Annual report on the working of the lock hospitals in the North-Western Provinces and Oudh
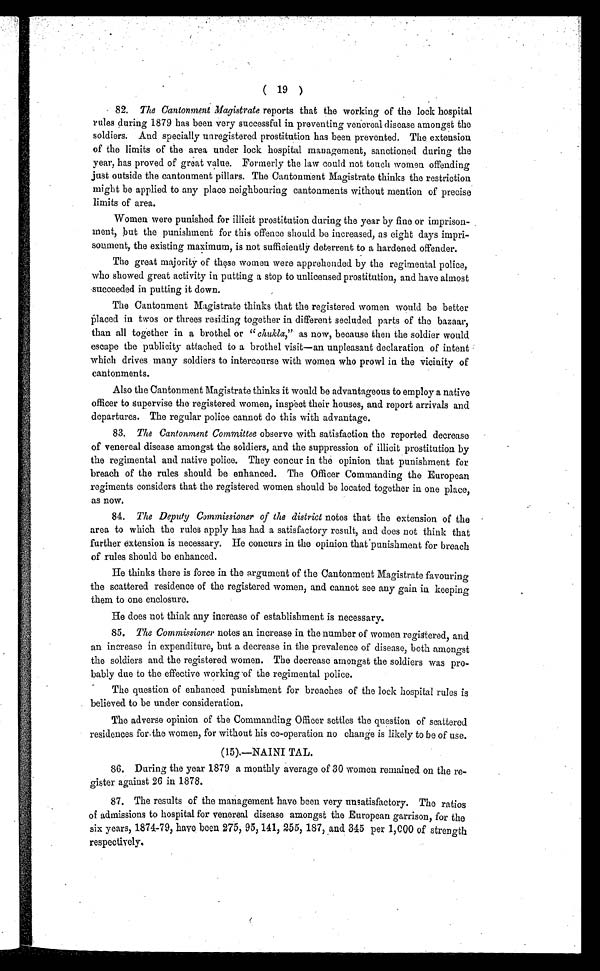
( 19 )
82. The Cantonment Magistrate reports that the working of the lock hospital
rules during 1879 has been very successful in preventing venereal disease amongst the
soldiers. And specially unregistered prostitution has been prevented. The extension
of the limits of the area under lock hospital management, sanctioned during the
year, has proved of great value. Formerly the law could not touch women offending
just outside the cantonment pillars. The Cantonment Magistrate thinks the restriction
might be applied to any place neighbouring cantonments without mention of precise
limits of area.
Women were punished for illicit prostitution during the year by fine or imprison-
ment, but the punishment for this offence should be increased, as eight days impri-
sonment, the existing maximum, is not sufficiently deterrent to a hardened offender.
The great majority of these women were apprehended by the regimental police,
who showed great activity in patting a stop to unlicensed prostitution, and have almost
succeeded in putting it down.
The Cantonment Magistrate thinks that the registered women would be better
placed in twos or threes residing together in different secluded parts of the bazaar,
than all together in a brothel or " chukla, " as now, because then the soldier would
escape the publicity attached to a brothel visit—an unpleasant declaration of intent
which drives many soldiers to intercourse with women who prowl in the vicinity of
cantonments.
Also the Cantonment Magistrate thinks it would be advantageous to employ a native
officer to supervise the registered women, inspect their houses, and report arrivals and
departures. The regular police cannot do this with advantage.
83. The Cantonment Committee observe with satisfaction the reported decrease
of venereal disease amongst the soldiers, and the suppression of illicit prostitution by
the regimental and native police. They concur in the opinion that punishment for
breach of the rules should be enhanced. The Officer Commanding the European
regiments considers that the registered women should be located together in one place,
as now.
84. The Deputy Commissioner of the district notes that the extension of the
area to which the rules apply has had a satisfactory result, and does not think that
further extension is necessary. He concurs in the opinion that punishment for breach
of rules should be enhanced.
He thinks there is force in the argument of the Cantonment Magistrate favouring
the scattered residence of the registered women, and cannot see any gain in keeping
them to one enclosure.
He does not think any increase of establishment is necessary.
85. The Commissioner notes an increase in the number of women registered, and
an increase in expenditure, but a decrease in the prevalence of disease, both amongst
the soldiers and the registered women. The decrease amongst the soldiers was pro-
bably due to the effective working of the regimental police.
The question of enhanced punishment for breaches of the lock hospital rules is
believed to be under consideration.
The adverse opinion of the Commanding Officer settles the question of scattered
residences for the women, for without his co-operation no change is likely to be of use.
(15).—NAINI TAL.
86. During the year 1879 a monthly average of 30 women remained on the re-
gister against 26 in 1878.
87. The results of the management have been very unsatisfactory. The ratios
of admissions to hospital for venereal disease amongst the European garrison, for the
six years, 1874-79, have been 275, 95, 141, 255, 187, and 345 per 1,000 of strength
respectively.